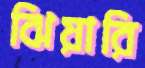
ঝিয়ারি